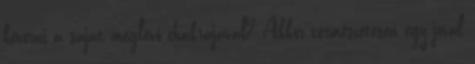
keverni a saját meglévő chakrájával? Akkor természetesen egy jóval